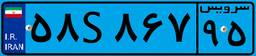
۵۸S۸۶۷۹۵